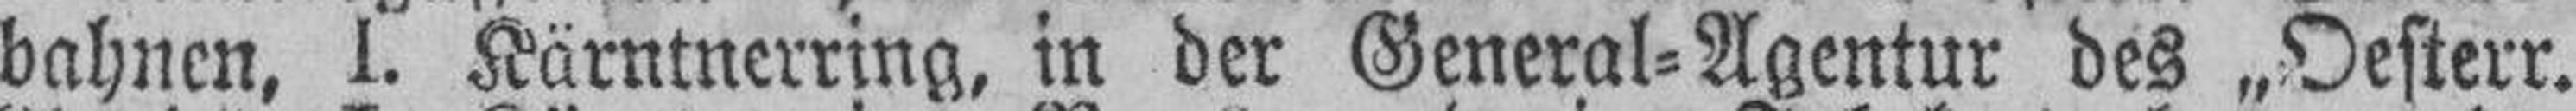
bahnen, I. Kärntnerring, in der General=Agentur des „Oesterr.